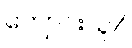
ကျောင်းသူ/